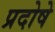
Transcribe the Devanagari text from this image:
प्रदोषे